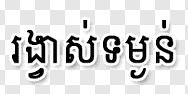
រង្វាស់ទម្ងន់